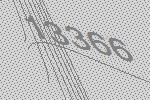
13366